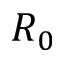
R _ { 0 }